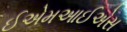
ઈએમઆઈએસ